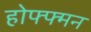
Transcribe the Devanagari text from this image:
होफ्फ्मन